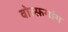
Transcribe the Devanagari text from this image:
वोल्फ़गांग